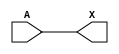
/*
 * Copyright 2020 The SkyWater PDK Authors
 *
 * Licensed under the Apache License, Version 2.0 (the "License");
 * you may not use this file except in compliance with the License.
 * You may obtain a copy of the License at
 *
 *     https://www.apache.org/licenses/LICENSE-2.0
 *
 * Unless required by applicable law or agreed to in writing, software
 * distributed under the License is distributed on an "AS IS" BASIS,
 * WITHOUT WARRANTIES OR CONDITIONS OF ANY KIND, either express or implied.
 * See the License for the specific language governing permissions and
 * limitations under the License.
 *
 * SPDX-License-Identifier: Apache-2.0
*/


`ifndef SKY130_FD_SC_HVL__LSBUFHV2HV_LH_FUNCTIONAL_V
`define SKY130_FD_SC_HVL__LSBUFHV2HV_LH_FUNCTIONAL_V

/**
 * lsbufhv2hv_lh: Level shifting buffer, High Voltage to High Voltage,
 *                Lower Voltage to Higher Voltage.
 *
 * Verilog simulation functional model.
 */

`timescale 1ns / 1ps
`default_nettype none

`celldefine
module sky130_fd_sc_hvl__lsbufhv2hv_lh (
    X,
    A
);

    // Module ports
    output X;
    input  A;

    //  Name  Output  Other arguments
    buf buf0 (X     , A              );

endmodule
`endcelldefine

`default_nettype wire
`endif  // SKY130_FD_SC_HVL__LSBUFHV2HV_LH_FUNCTIONAL_V